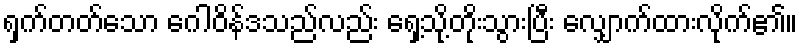
ရှက်တတ်သော ဂေါဝိန်ဒသည်လည်း ရှေ့သို့တိုးသွားပြီး လျှောက်ထားလိုက်၏။